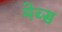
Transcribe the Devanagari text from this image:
मेब्स